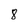
Character: 8